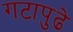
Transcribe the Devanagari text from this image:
गटापुढे